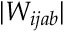
| W _ { i j a b } |